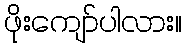
ဖိုးကျော်ပါလား။